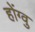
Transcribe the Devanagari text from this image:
होंग्वु